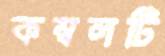
কম্বলটি